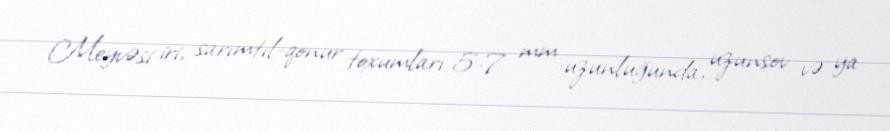
Meyvəsi iri, sarımtıl-qonur toxumları 5-7 mm uzunluğunda, uzunsov və ya